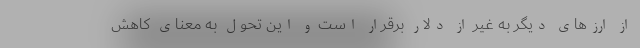
از ارزهای دیگر به غیر از دلار برقرار است و این تحول به معنای کاهش